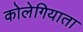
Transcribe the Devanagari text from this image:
कोलेगियाता